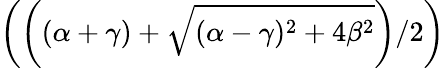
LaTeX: \left(\left((\alpha+\gamma)+\sqrt{(\alpha-\gamma)^{2}+4\beta^{2}}\right)/2\right)